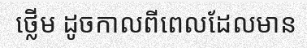
ថ្លើម ដូចកាលពីពេលដែលមាន